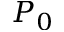
P _ { 0 }